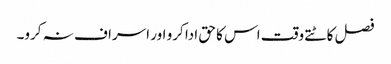
فصل کاٹتے وقت اس کا حق ادا کرو اور اسراف نہ کرو۔